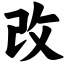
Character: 改